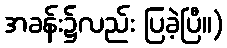
အခန်း၌လည်း ပြခဲ့ပြီ။)